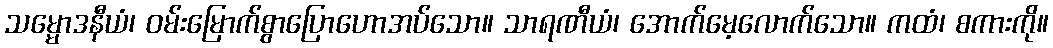
သမ္မောဒနီယံ၊ ဝမ်းမြောက်စွာပြောဟောအပ်သော။ သာရဏီယံ၊ အောက်မေ့လောက်သော။ ကထံ၊ စကားကို။